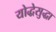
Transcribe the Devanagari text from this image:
योद्धेसुद्धा